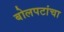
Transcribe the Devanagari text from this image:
बोलपटांचा